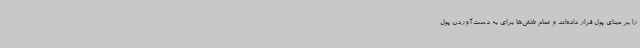
را بر مبنای پول قرار داده‌اند و تمام تلاش‌ها برای به دست‌آوردن پول